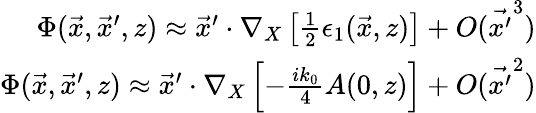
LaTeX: \begin{array}{r}{\Phi(\vec{x},\vec{x}^{\prime},z)\approx\vec{x}^{\prime}\cdot\nabla_{X}\left[\frac{1}{2}\epsilon_{1}(\vec{x},z)\right]+O(\vec{x^{\prime}}^{3})}\\ {\Phi(\vec{x},\vec{x}^{\prime},z)\approx\vec{x}^{\prime}\cdot\nabla_{X}\left[-\frac{ik_{0}}{4}A(0,z)\right]+O(\vec{x^{\prime}}^{2})}\end{array}